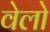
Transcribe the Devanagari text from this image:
वेलो